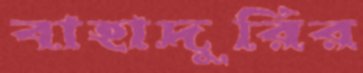
বাহাদুরির